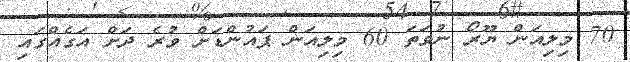
70 މިލިއަން ޔޫރޯ ނުވަތަ 60 މިލިއަން ޕައުންޑަށް ވުރެ ދަށް އަގެއްގައި